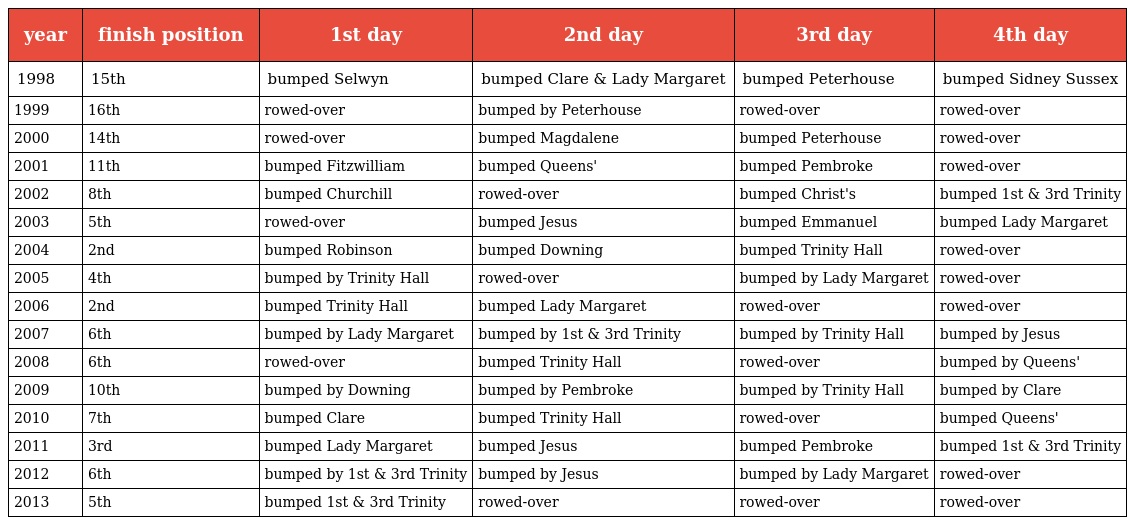
| year | finish position | 1st day | 2nd day | 3rd day | 4th day |
 | --- | --- | --- | --- | --- | --- |
 | 1998 | 15th | bumped Selwyn | bumped Clare & Lady Margaret | bumped Peterhouse | bumped Sidney Sussex |
 | 1999 | 16th | rowed-over | bumped by Peterhouse | rowed-over | rowed-over |
 | 2000 | 14th | rowed-over | bumped Magdalene | bumped Peterhouse | rowed-over |
 | 2001 | 11th | bumped Fitzwilliam | bumped Queens' | bumped Pembroke | rowed-over |
 | 2002 | 8th | bumped Churchill | rowed-over | bumped Christ's | bumped 1st & 3rd Trinity |
 | 2003 | 5th | rowed-over | bumped Jesus | bumped Emmanuel | bumped Lady Margaret |
 | 2004 | 2nd | bumped Robinson | bumped Downing | bumped Trinity Hall | rowed-over |
 | 2005 | 4th | bumped by Trinity Hall | rowed-over | bumped by Lady Margaret | rowed-over |
 | 2006 | 2nd | bumped Trinity Hall | bumped Lady Margaret | rowed-over | rowed-over |
 | 2007 | 6th | bumped by Lady Margaret | bumped by 1st & 3rd Trinity | bumped by Trinity Hall | bumped by Jesus |
 | 2008 | 6th | rowed-over | bumped Trinity Hall | rowed-over | bumped by Queens' |
 | 2009 | 10th | bumped by Downing | bumped by Pembroke | bumped by Trinity Hall | bumped by Clare |
 | 2010 | 7th | bumped Clare | bumped Trinity Hall | rowed-over | bumped Queens' |
 | 2011 | 3rd | bumped Lady Margaret | bumped Jesus | bumped Pembroke | bumped 1st & 3rd Trinity |
 | 2012 | 6th | bumped by 1st & 3rd Trinity | bumped by Jesus | bumped by Lady Margaret | rowed-over |
 | 2013 | 5th | bumped 1st & 3rd Trinity | rowed-over | rowed-over | rowed-over |